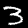
Label: 3